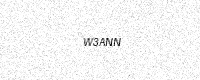
Text: W3ANN